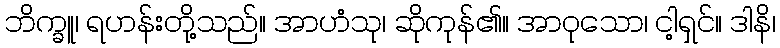
ဘိက္ခူ၊ ရဟန်းတို့သည်။ အာဟံသု၊ ဆိုကုန်၏။ အာဝုသော၊ ငါ့ရှင်။ ဒါနိ၊